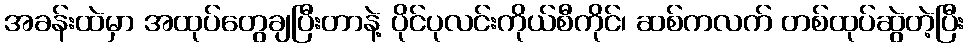
အခန်းထဲမှာ အထုပ်တွေချပြီးတာနဲ့ ပိုင်ပုလင်းကိုယ်စီကိုင်၊ ဆစ်ကလက် တစ်ထုပ်ဆွဲတဲ့ပြီး